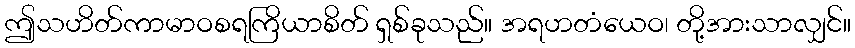
ဤသဟိတ်ကာမာဝစရကြိယာစိတ် ရှစ်ခုသည်။ အရဟတံယေဝ၊ တို့အားသာလျှင်။